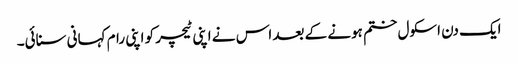
ایک دن اسکول ختم ہونے کے بعد اس نے اپنی ٹیچر کو اپنی رام کہانی سنائی۔